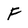
Character: F